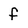
Character: f